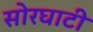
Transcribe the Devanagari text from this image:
सोरघाटी